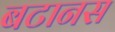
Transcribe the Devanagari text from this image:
बटानस